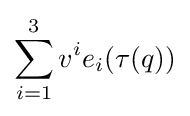
\sum _{i=1}^{3}v^{i}e_{i}(\tau (q))